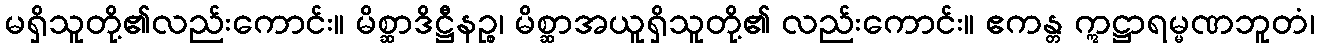
မရှိသူတို့၏လည်းကောင်း။ မိစ္ဆာဒိဋ္ဌီနဉ္စ၊ မိစ္ဆာအယူရှိသူတို့၏ လည်းကောင်း။ ဧကန္တ ဣဋ္ဌာရမ္မဏဘူတံ၊